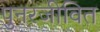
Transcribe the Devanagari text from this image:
पुनरजीवित